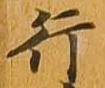
行